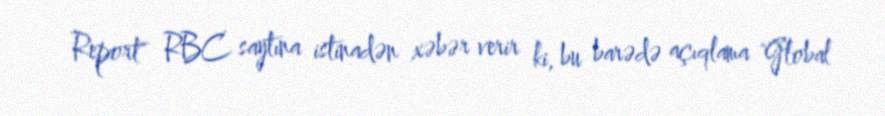
Report" RBC saytına istinadən xəbər verir ki, bu barədə açıqlama "Global